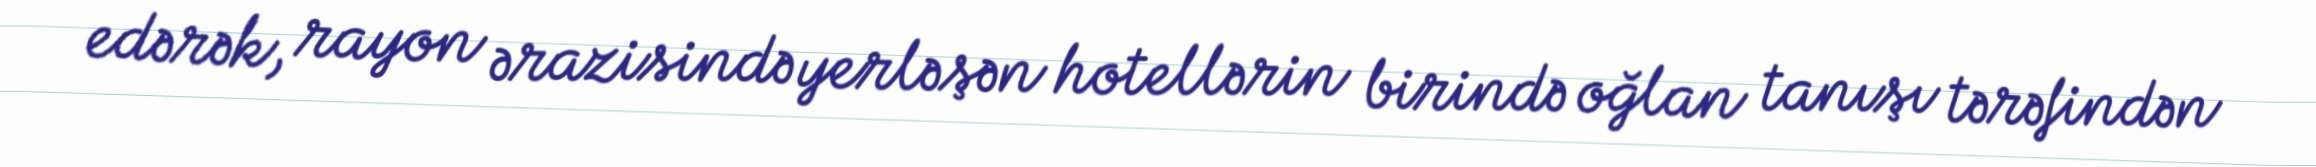
edərək, rayon ərazisində yerləşən hotellərin birində oğlan tanışı tərəfindən